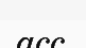
acc.